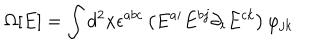
\Omega [ E ] = \int d ^ { 2 } x \epsilon ^ { a b c } \left( E ^ { a i } E ^ { b j } \partial _ { i } E ^ { c k } \right) \varphi _ { j k }